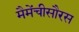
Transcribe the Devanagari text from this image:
मैमेंचीसौरस